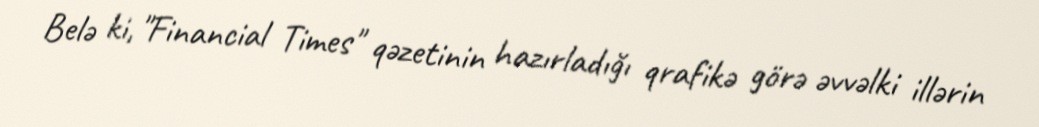
Belə ki, "Financial Times" qəzetinin hazırladığı qrafikə görə əvvəlki illərin